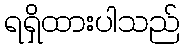
ရရှိထားပါသည်